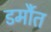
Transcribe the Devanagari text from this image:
डर्मौत